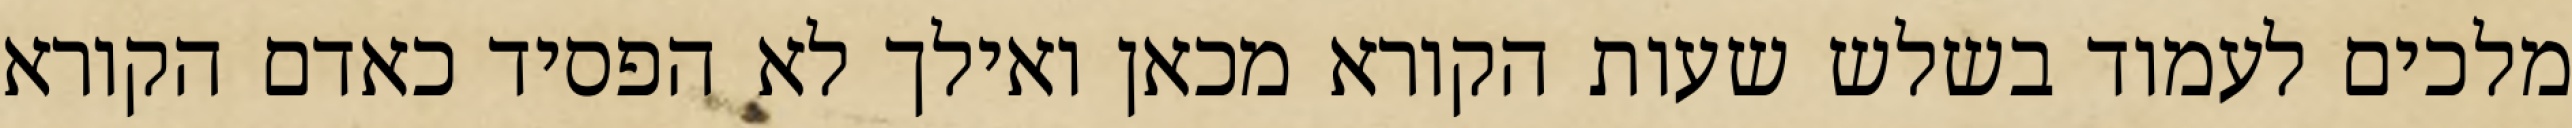
מלכים לעמוד בשלש שעות הקורא מכאן ואילך לא הפסיד כאדם הקורא